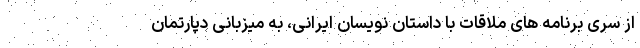
از سری برنامه های ملاقات با داستان نویسان ایرانی، به میزبانی دپارتمان